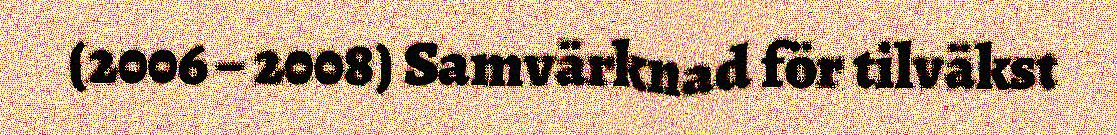
(2006 – 2008) Samvärknad för tilväkst